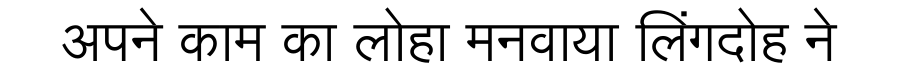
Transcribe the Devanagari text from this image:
अपने काम का लोहा मनवाया लिंगदोह ने